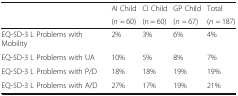
<table><thead><tr><td rowspan="2"></td><td><b>AI Child</b></td><td><b>CI Child</b></td><td><b>GP Child</b></td><td><b>Total</b></td></tr><tr><td><b>(<i>n</i> = 60)</b></td><td><b>(n = 60)</b></td><td><b>(<i>n</i> = 67)</b></td><td><b>(<i>n</i> = 187)</b></td></tr></thead><tbody><tr><td>EQ-5D-3 L Problems with Mobility</td><td>2%</td><td>3%</td><td>6%</td><td>4%</td></tr><tr><td>EQ-5D-3 L Problems with UA</td><td>10%</td><td>5%</td><td>8%</td><td>7%</td></tr><tr><td>EQ-5D-3 L Problems with P/D</td><td>18%</td><td>18%</td><td>19%</td><td>19%</td></tr><tr><td>EQ-5D-3 L Problems with A/D</td><td>27%</td><td>17%</td><td>19%</td><td>21%</td></tr></tbody></table>